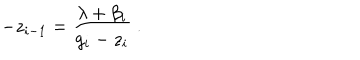
- z _ { i - 1 } = \frac { \lambda + \beta _ { i } } { g _ { i } - z _ { i } } ~ .